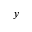
y